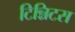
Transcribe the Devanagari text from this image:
टिन्निटस